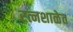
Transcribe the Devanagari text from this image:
रत्नशाळेत